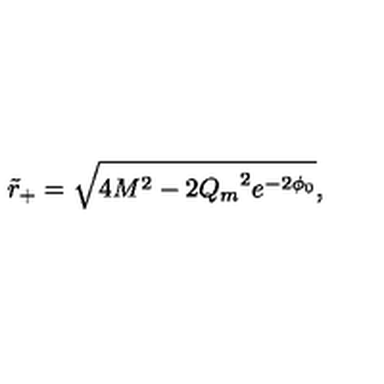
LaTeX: \tilde { r } _ { + } = \sqrt { 4 M ^ { 2 } - 2 { Q _ { m } } ^ { 2 } e ^ { - 2 \phi _ { 0 } } } ,